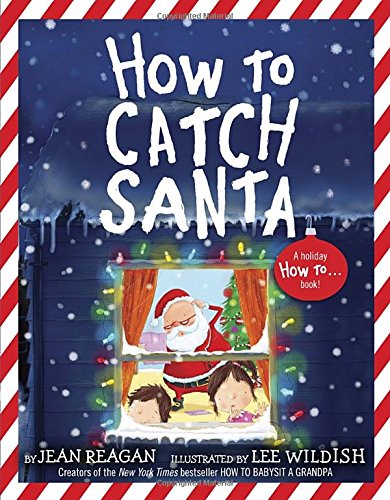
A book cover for How to Catch Santa; Jean Reagan; Children's Books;